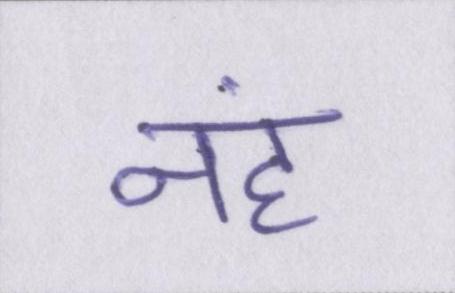
नहं